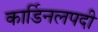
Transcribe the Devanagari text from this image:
कार्डिनलपदी